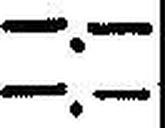
—.—